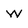
Character: W